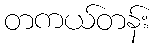
တကယ်တန်း